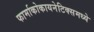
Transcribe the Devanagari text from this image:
फार्माकोकायनेटिक्समध्ये